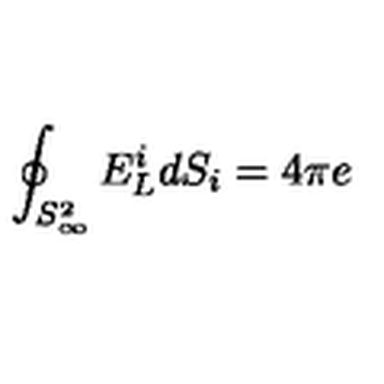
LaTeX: \oint _ { S _ { \infty } ^ { 2 } } E _ { L } ^ { i } d S _ { i } = 4 \pi e